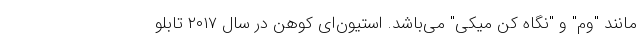
مانند "وم" و "نگاه کن میکی" می‌باشد. استیون‌ای کوهن در سال ۲۰۱۷ تابلو